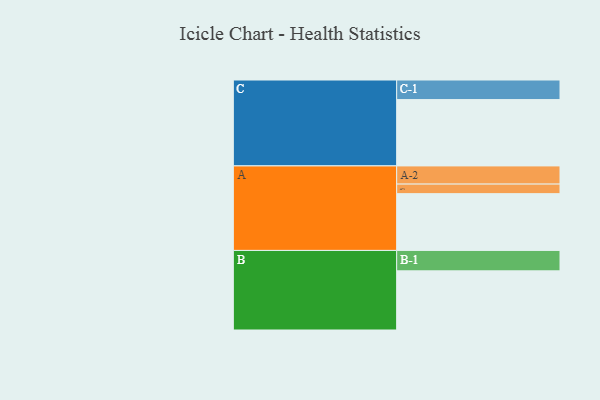
{"axis": {"x": "Segment", "y": "Value"}, "legend": ["", "A", "B", "C"], "data": [{"x": "A", "y": 403, "type": ""}, {"x": "B", "y": 420, "type": ""}, {"x": "C", "y": 471, "type": ""}, {"x": "A-1", "y": 68, "type": "A"}, {"x": "A-2", "y": 129, "type": "A"}, {"x": "B-1", "y": 145, "type": "B"}, {"x": "C-1", "y": 139, "type": "C"}]}